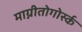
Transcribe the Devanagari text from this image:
माग्नीतोगोर्स्क